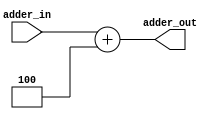
module Adder_4 (
    input [31:0] adder_in,
    output reg [31:0] adder_out
);

    always @* begin
       adder_out = adder_in + 4;
    end

endmodule

module AdderTA_signal(
    output reg [31:0] sum,
    input [31:0] operandBig,
    input [8:0] operandSmall
);

always @* begin
    sum = operandBig + operandSmall;
end

endmodule

module AdderPC_8(
    output reg [8:0] sum,
    input [8:0] PC
);

always @* begin
    sum = PC + 8'b00001000;
end

endmodule

module AdderPC_4signal( 
    output reg [8:0] result,
    input [8:0] input_value
);

always @* begin
    result = input_value + 8'b00000100;
end

endmodule